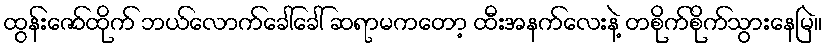
ထွန်းဇော်ထိုက် ဘယ်လောက်ခေါ်ခေါ် ဆရာမကတော့ ထီးအနက်လေးနဲ့ တစိုက်စိုက်သွားနေမြဲ။